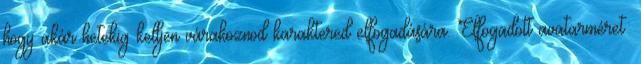
hogy akár hetekig kelljen várakoznod karaktered elfogadására. Elfogadott avatarméret: